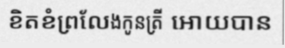
ខិតខំព្រលែងកូនត្រី អោយបាន